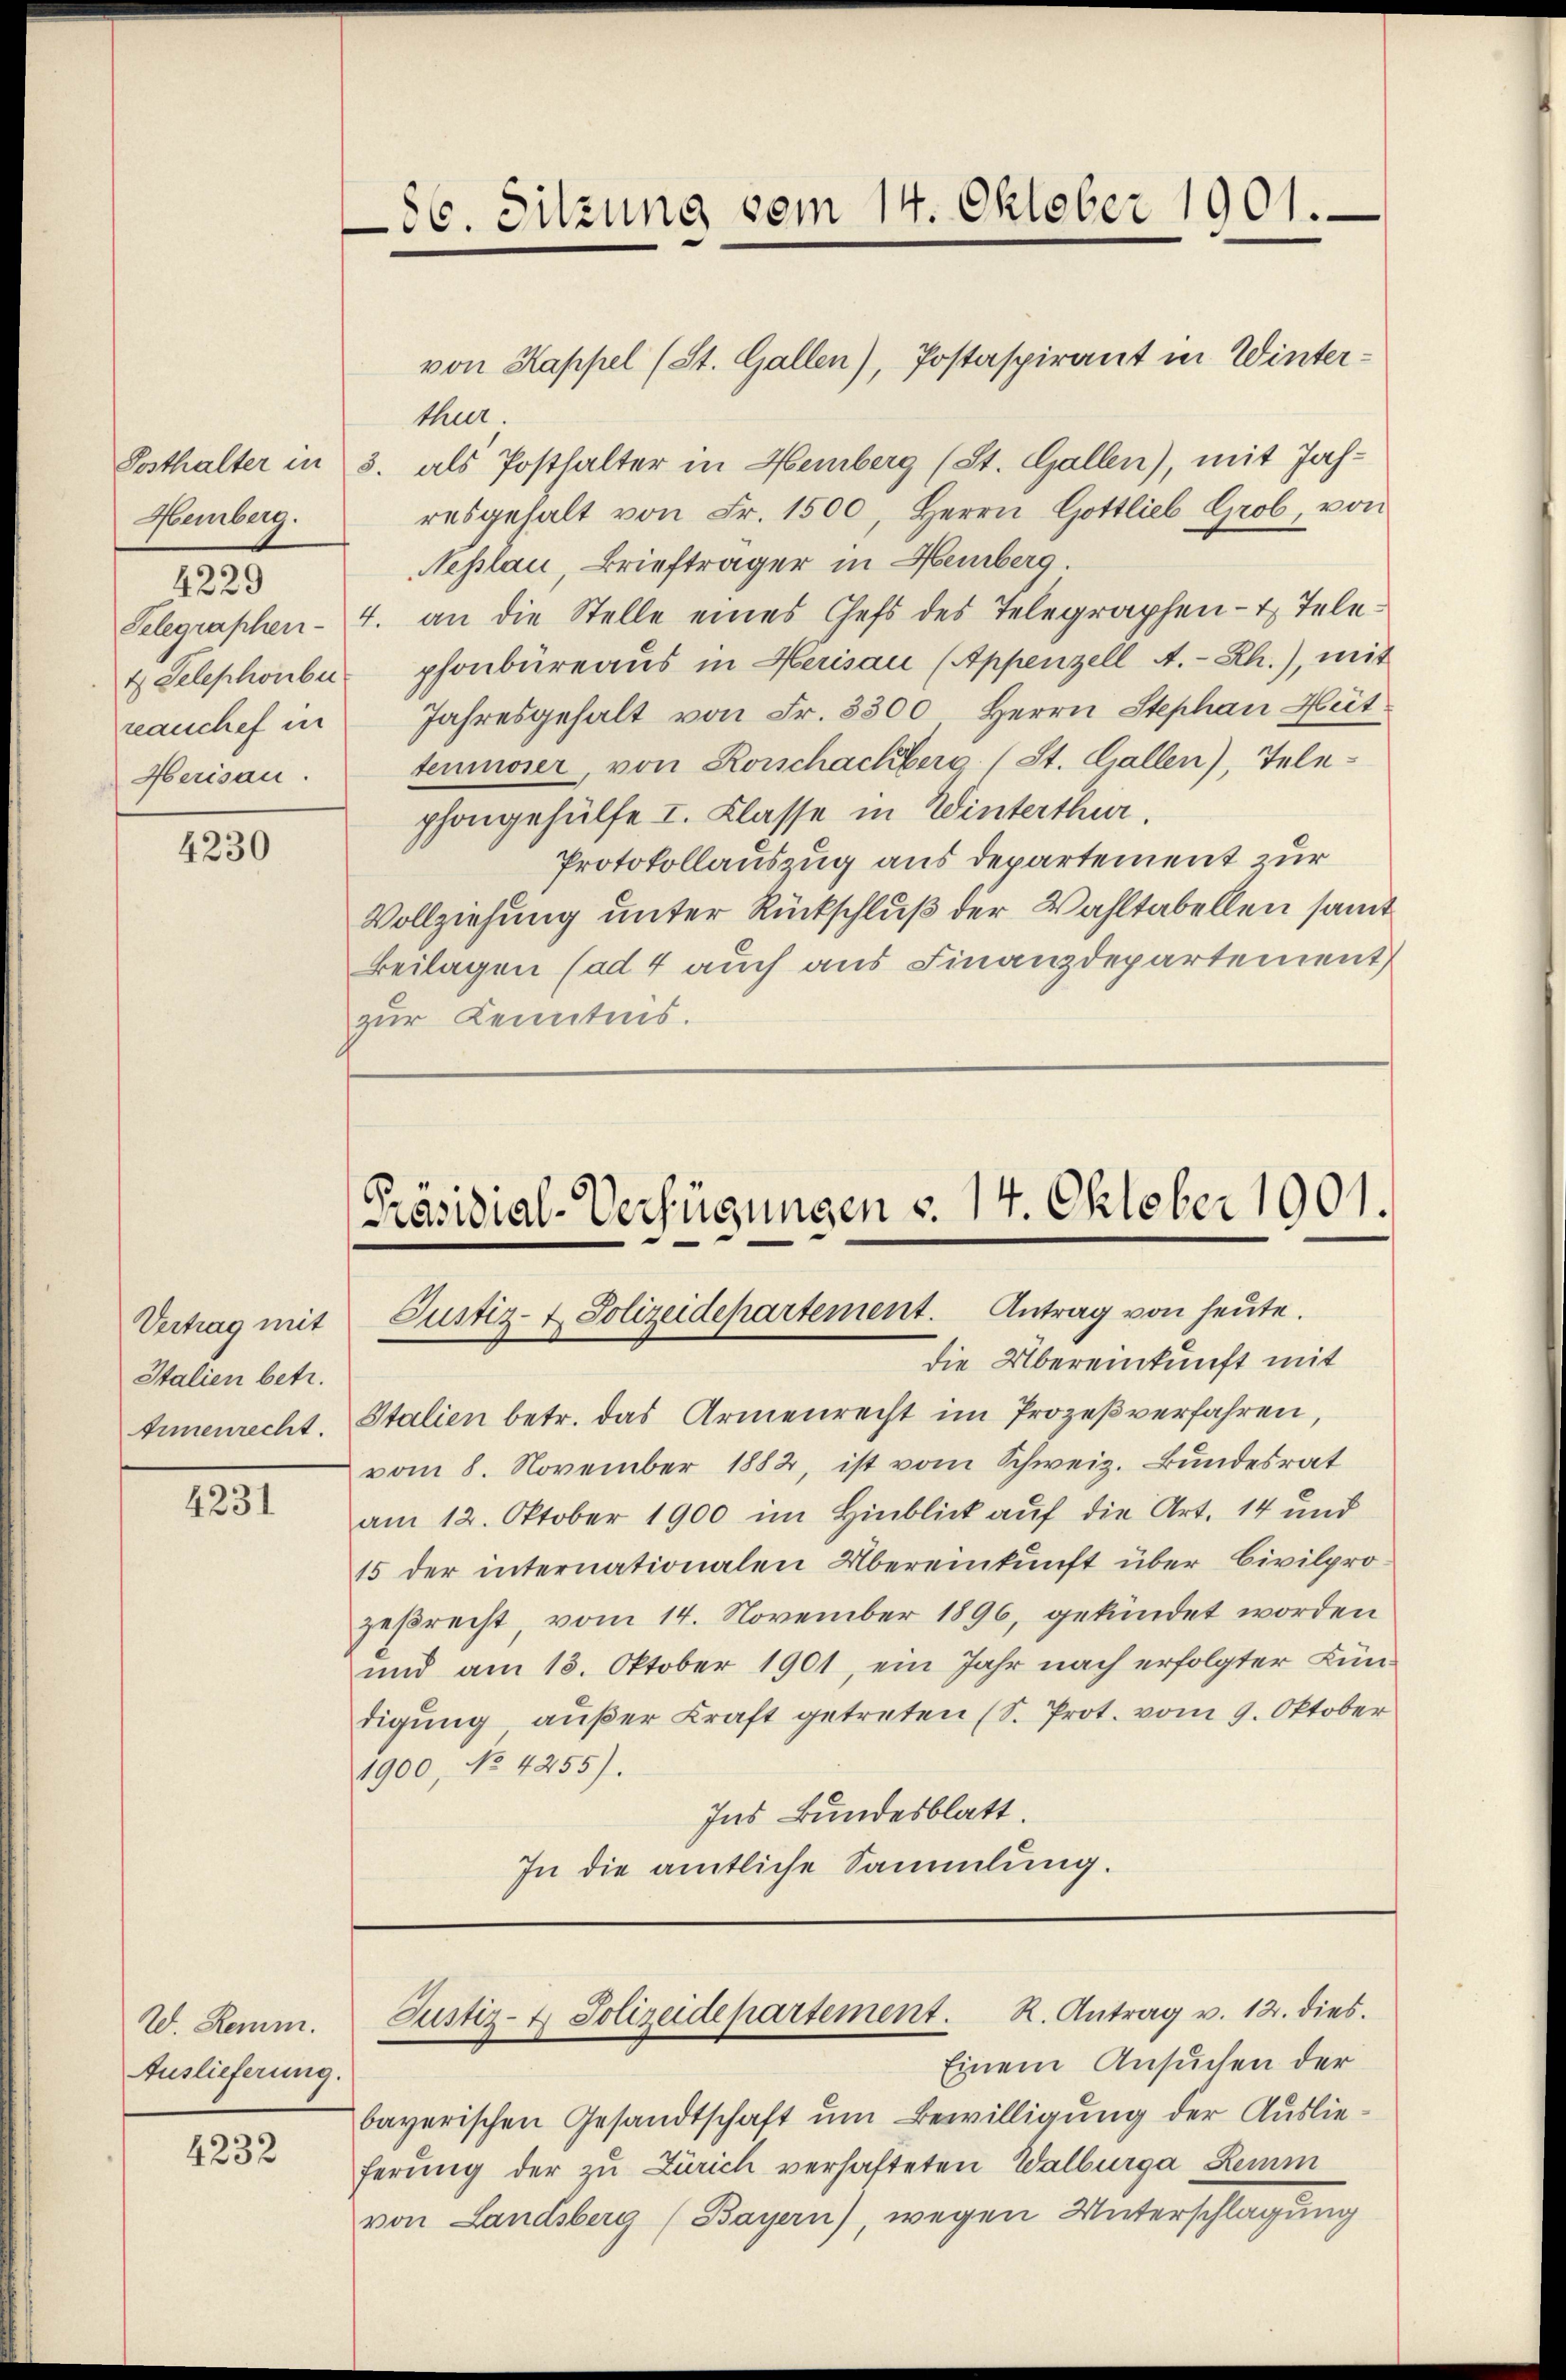
Hemberg.
4229
4 Telephonber
rauchef in
Herisau.

4230

Vertrag mit
Italien betr.
Ernenrecht.

4231

W. Remm.
Auslieferung.

4232

von Kappel (St. Gallen), Postaspirant in Winterthur.
Posthalter in 3. als Posthalter in Hemberg (St. Gallen), mit Jahresgehalt von Fr. 1500, Herrn Gottlieb Grob, von
Neslau, Briefträger in Hemberg
Telegraphen- 4. an die Stelle eines Chefs des Telegraphen- & Tele-
phonbüreaus in Herisau (Appenzell A.-Rh.), mit
Jahresgehalt von Fr. 3300 Herrn Stephan Hüt-
tenmoser, von Rorschachberg (St. Gallen), Tele-
phongehülfe I. Klasse in Winterthur.
Protokollauszug aus departement zur
Vollziehung unter Rückschluß der Wahltabellen samt
Beilagen (ad 4 auch aus Finanzdepartement
zur Kenntnis.

86. Sitzung vom 14. Oktober 1901.

[Präsidial-Verfügungen d. 14. Oktober 1901.
Justiz- & Polizeidepartement. Antrag von heute.

die Übereinkunft mit
Stalien betr. das Armenrecht im Prozeßverfahren,
vom 8. November 1882, ist vom Schweiz. Bundesrat
am 12. Oktober 1900 im Hinblick auf die Art. 14 und
15 der internationalen Übereinkunft über Civilprozeßrecht, vom 14. November 1896, gekündet worden
und am 13. Oktober 1901, ein Jahr nach erfolgter Bün-
digung außer Kraft getreten (S. Prot. vom 9. Oktober
1900, No 4255).
Ins Bundesblatt.
In die amtliche Sammlung.

bayerischen Gesandtschaft um Bewilligung der Auslieferung der zu Zürich verhafteten Walburga Remm
von Landsberg (Bayern), wegen Unterschlagung

Justiz- & Polizeidepartement. R. Antrag v. 12. dies
Einem Ansuchen der